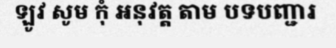
ឡូវ សូម កុំ អនុវត្ត តាម បទបញ្ជារ